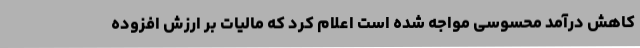
کاهش درآمد محسوسی مواجه شده است اعلام کرد که مالیات بر ارزش افزوده